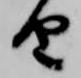
由